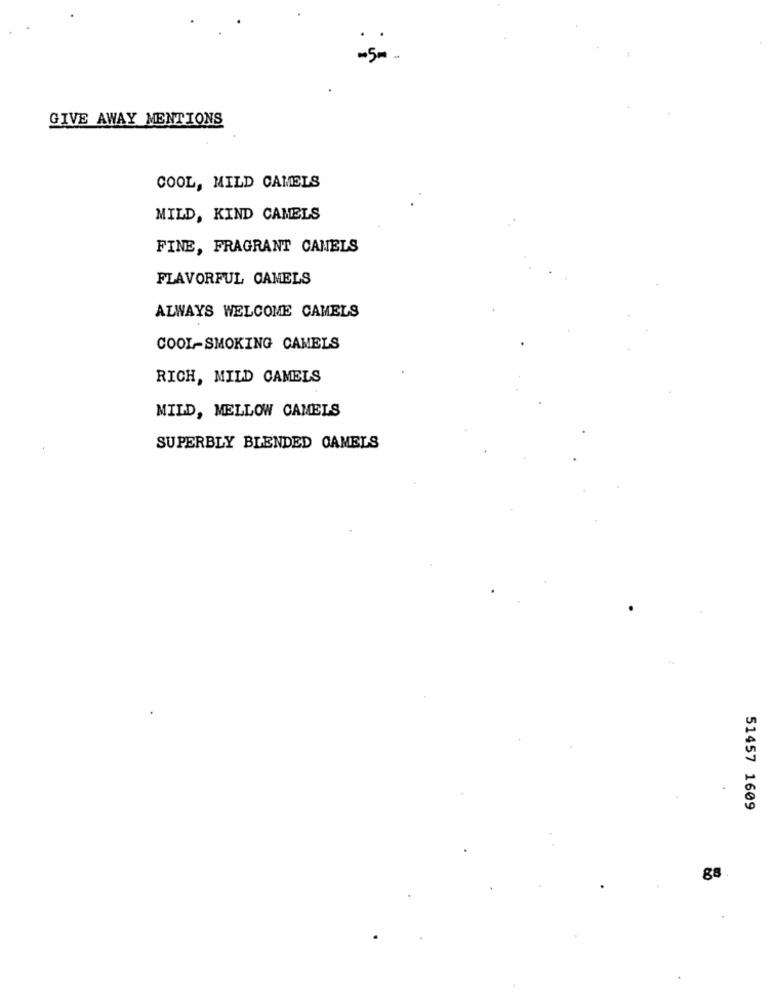
-500
GIVE AWAY MENTIONS
COOL, MILD CAMELS
MILD, KIND CAMELS
FINE, FRAGRANT CAMELS
FLAVORFUL CAMELS
ALWAYS WELCOME CAMELS
COOL-SMOKING CAMELS
RICH, MILD CAMELS
MILD, MELLOW CAMELS
SUPERBLY BLENDED CAMELS
51457 1609
88